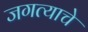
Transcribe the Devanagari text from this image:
जगत्याचे